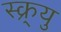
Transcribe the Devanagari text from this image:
स्क्र्यु